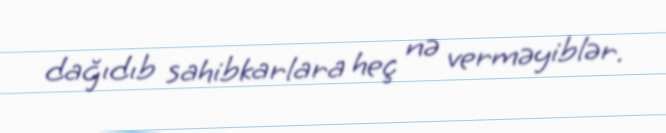
dağıdıb sahibkarlara heç nə verməyiblər.